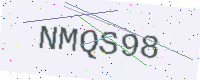
Text: NMQS98